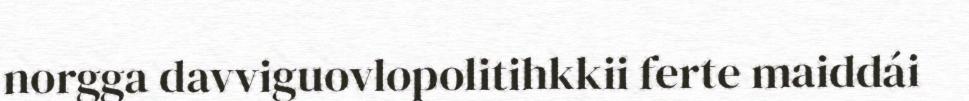
norgga davviguovlopolitihkkii ferte maiddái